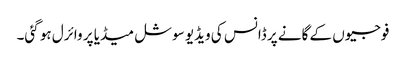
فوجیوں کے گانے پر ڈانس کی ویڈیو سوشل میڈیا پر وائرل ہو گئی۔